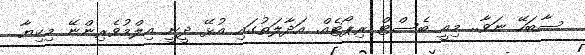
ސާބަހޭ ނަވާ.. މިއީ ބެސްޓް ރިޕޯޓެއް. އަދާލަތުގައި އުޅޭ ދީނީ އިލްމުވެރިންނޭ މިކިޔާ